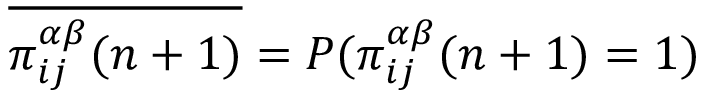
\overline { { \pi _ { i j } ^ { \alpha \beta } ( n + 1 ) } } = P ( \pi _ { i j } ^ { \alpha \beta } ( n + 1 ) = 1 )